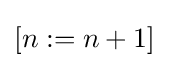
[n:=n+1]\,\!